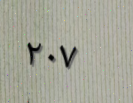
٢٠٧